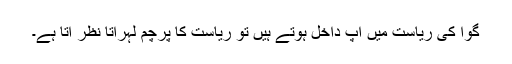
گوا کی ریاست میں آپ داخل ہوتے ہیں تو ریاست کا پرچم لہراتا نظر آتا ہے۔